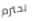
تحترم